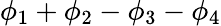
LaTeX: \phi_{1}+\phi_{2}-\phi_{3}-\phi_{4}